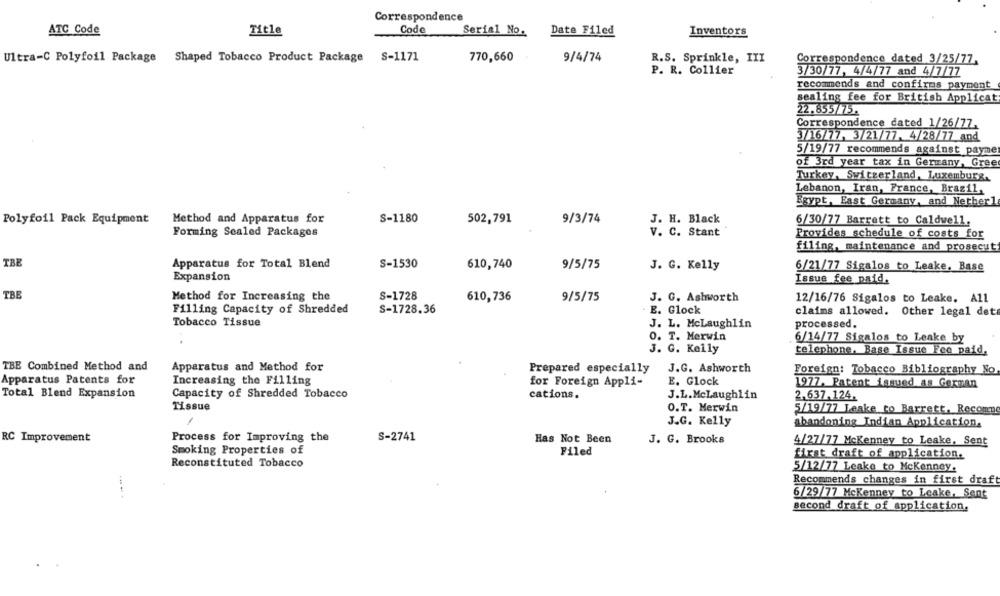
Correspondence
ATC Code
Title
Code
Serial No.
Date Filed
Inventors
Ultra-C Polyfoil Package Shaped Tobacco Product Package S-1171
770,660
9/4/74
R.S. Sprinkle, III
Correspondence dated 3/25/77.
P. R. Collier
3/30/77, 4/4/77 and 4/7/77
recommends and confirms payment
sealing fee for British Applicat
22.855/73.
Correspondence dated 1/26/77.
3/16/77, 3/21/77. 4/28/77 and
5/19/77 recommends against payme
of 3rd year tax in Germany, Gree
Turkey, Switzerland, Luxemburg.
Lebanon, Iran, France, Brazil,
Egypt, East Germany, and Nether1
Polyfoil Pack Equipment
Method and Apparatus for
S-1180
502,791
9/3/74
J. H. Black
6/30/77 Barrett to Caldwell.
Forming Sealed Packages
V. C. Stant
Provides schedule of costs for
filing, maintenance and prosecut
TBE
Apparatus for Total Blend
S-1530
610,740
9/5/75
J. G. Kelly
6/21/77 Sigalos to Leake, Base
Expansion
Issue fee paid.
TBE
Method for Increasing the
S-1728
9/5/75
J. G. Ashworth
610,736
12/16/76 Sigalos to Leake. All
Filling Capacity of Shredded
S-1728.36
E. Glock
claims allowed. Other legal det
Tobacco Tissue
J. L. McLaughlin
processed.
O. T. Merwin
6/14/77 Sigalos to Leake by
J. G. Kelly
telephone, Base Issue Fee paid,
TBE Combined Method and
Apparatus and Method for
Prepared especially
J.G. Ashworth
Foreign: Tobacco Bibliography No
Apparatus Patents for
Increasing the Filling
E. Glock
for Foreign Appli-
1977. Patent issued as German
Total Blend Expansion
Capacity of Shredded Tobacco
cations.
J.L.MeLaughlin
2.637.124.
Tissue
O.T. Merwin
5/19/77 Leake to Barrett, Reconno
J.G. Kelly
abandoning Indian Application,
RC Improvement
Process for Improving the
S-2741
Has Not Been
J. G. Brooks
4/27/77 McKenney to Leake, Sent
Smoking Properties of
Filed
first draft of application.
Reconstituted Tobacco
5/12/77 Leake to MeKenney.
Recommends changes in first draft
6/29/77 McKenney to Leake, Sent
second draft of application.